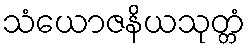
သံယောဇနိယသုတ္တံ